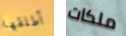
أطلقها ملكات